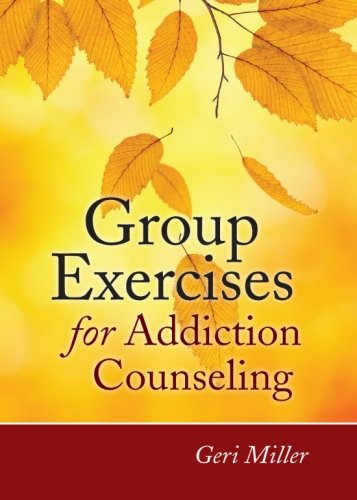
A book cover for Group Exercises for Addiction Counseling; Geri Miller; Medical Books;